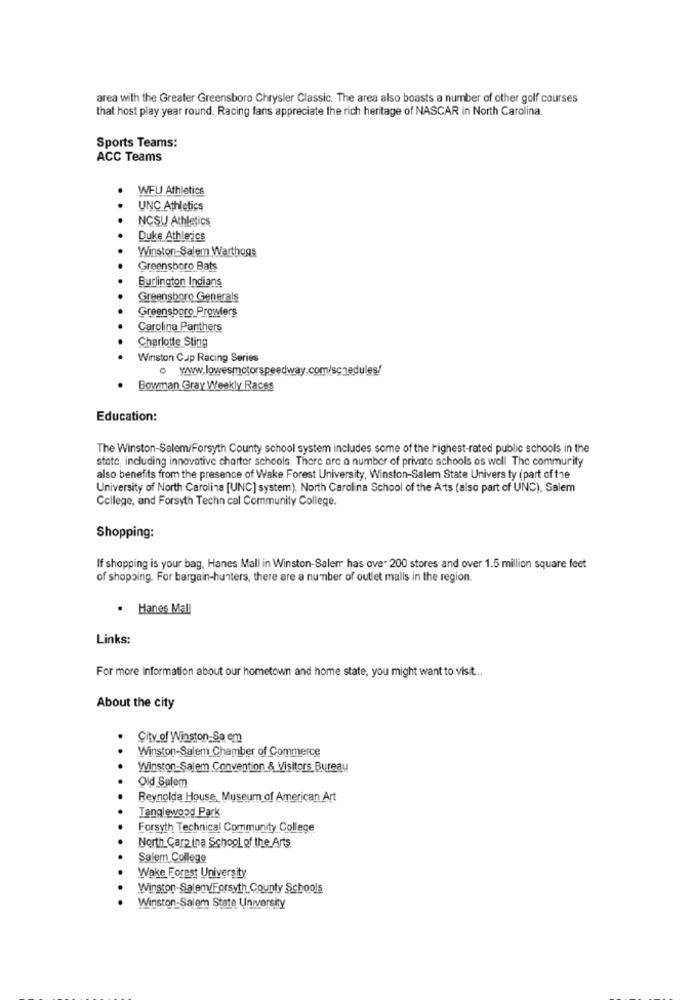
area with the Greater Greensboro Chrysler Classic. The area also boasts a number of other golf courses
that host play year round. Racing fans appreciate the rich heritage of NASCAR in North Carolina.
Sports Teams:
ACC Teams
WFU Athletics
UNC Athletics
NCSU Athletics
Duke Athletics
Winston-Salem Warthogs
Greensboro Bats
Burlington Indians
Greensboro Generals
Greensboro Promers
Carolina Panthers
Charlotte Sting
Winston Cup Racing Series
o www.lowesmotorspeedway.com/schedules/
Bowman Gray Weekly Races
Education:
The Winston-Salem/Forsyth County school system includes some of the highest-rated public schools in the
stato, including innovative charter schools. There are a number of private schools as well The community
also benefits from the presence of Wake Forest University, Winston-Salem State Univers ty (part of the
University of North Carolina [UNC] system), North Carolina School of the Ats (also part of UNC), Salem
College, and Forsyth Techn cal Community College.
Shopping:
If shopping is your bag, Hanes Mall in Winston-Salem has ove. 200 stores and over 1.5 million square feet
of shopping. For bargain-hunters, there are a number of outlet malls in the region.
. Hanes Mall
Links:
For more information about our hometown and home state, you might want to visit ...
About the city
City of Winston-Sa em
Winston-Salem Chamber of Commerce
Winston-Salem Convention & Visitors Bureau
Old Salem
Reynolda House_ Museum of American Art
Tanglewood Park
Forsyth Technical Community College
North Camp ina School of the Arts
Salem College
Wake Forest University
Winston-Salem/Forsyth County Schools
Winston-Salem State University